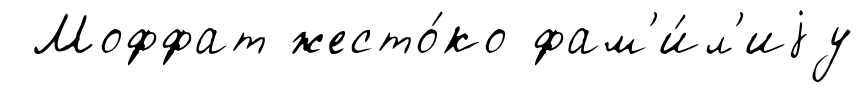
Моффат жесто́ко фам'и́л'иjу